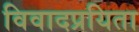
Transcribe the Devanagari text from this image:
विवादप्रयिता